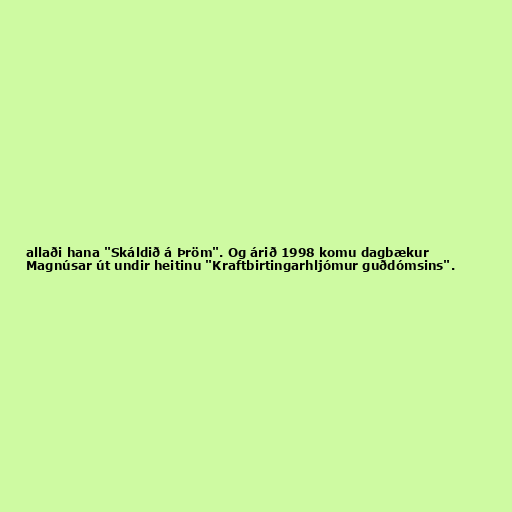
allaði hana "Skáldið á Þröm". Og árið 1998 komu dagbækur
Magnúsar út undir heitinu "Kraftbirtingarhljómur guðdómsins".